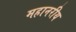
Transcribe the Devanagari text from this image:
महानरीय